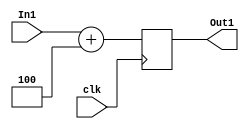
module Plus_Four(In1,Out1,clk);
	
	input [31:0] In1;
	input clk;
	output[31:0] Out1;
	
	reg [31:0] Out1;
	
	always @ (posedge clk)
		Out1=In1+4;
endmodule